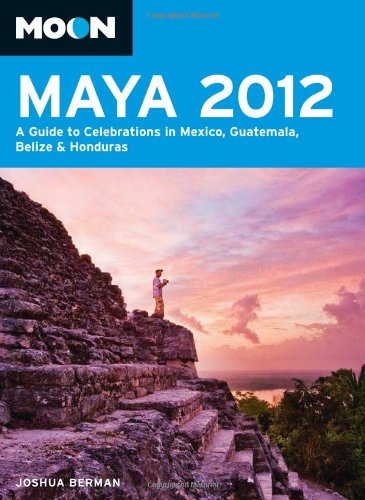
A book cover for Moon Maya 2012: A Guide to Celebrations in Mexico, Guatemala, Belize and Honduras (Moon Handbooks); Joshua Berman; Travel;